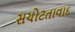
સચોટતાવાદ